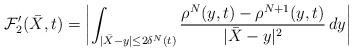
LaTeX: \begin{align*}\mathcal{F}_2'(\bar X, t)=\left|\int_{|\bar X - y|\leq 2\delta^N(t)} \frac{ \rho^N(y,t)-\rho^{N+1}(y,t)}{|\bar X-y|^2} \, dy \right|\end{align*}